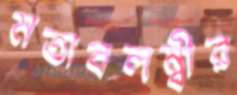
মতাবলম্বীর